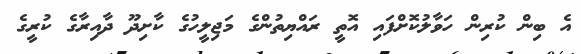
އެ ބިން ކުރިން ހަވާލުކޮށްފައި އޮތީ ރައްޔިތުންގެ މަޖިލީހުގެ ކާށިދޫ ދާއިރާގެ ކުރީގެ